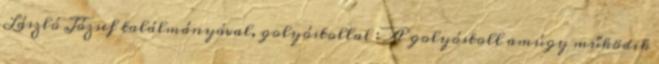
László József találmányával, golyóstollal : A golyóstoll amúgy működik